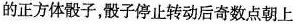
的正方体骰子，骰子停止转动后奇数点朝上